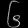
Digit: ၆